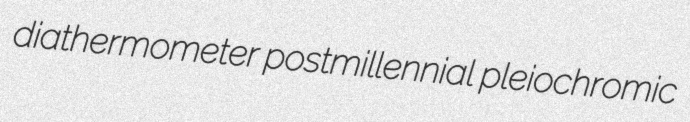
diathermometer postmillennial pleiochromic